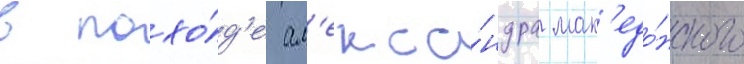
в похо́д'е ал'екса́ндра мак'едо́нского